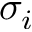
\sigma _ { i }